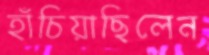
হাঁচিয়াছিলেন